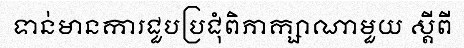
ទាន់មានការជួបប្រជុំពិភាក្សាណាមួយ ស្តីពី